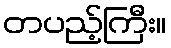
တပည့်ကြီး။